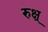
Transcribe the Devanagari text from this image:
रुक्ष्